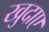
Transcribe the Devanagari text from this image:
खुदाए